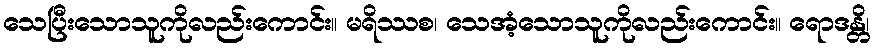
သေပြီးသောသူကိုလည်းကောင်း။ မရိဿစ၊ သေအံ့သောသူကိုလည်းကောင်း။ ရောဒန္တိ၊